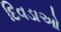
દિવડાઓ